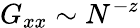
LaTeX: G_{xx}\sim N^{-z}